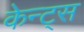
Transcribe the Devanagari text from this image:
केन्ट्स